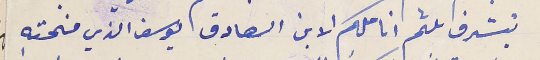
يتشرف بلثم اناملكم الابن الصادق يوسف الذي منحته